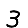
Digit: 3